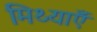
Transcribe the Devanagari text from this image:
मिथ्याएँ